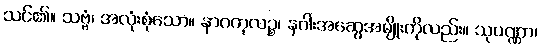
သင်၏။ သဗ္ဗံ၊ အလုံးစုံသော။ နာဂကုလဉ္စ၊ နဂါးအဆွေအမျိုးကိုလည်း။ သုပဏ္ဏာ၊